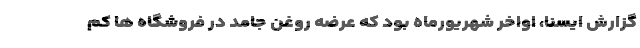
گزارش ایسنا، اواخر شهریورماه بود که عرضه روغن جامد در فروشگاه ها کم